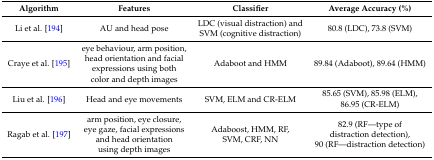
<table><thead><tr><td><b>Algorithm</b></td><td><b>Features</b></td><td><b>Classifier</b></td><td><b>Average Accuracy (%)</b></td></tr></thead><tbody><tr><td>Li et al. [194]</td><td>AU and head pose</td><td>LDC (visual distraction) and SVM (cognitive distraction)</td><td>80.8 (LDC), 73.8 (SVM)</td></tr><tr><td>Craye et al. [195]</td><td>eye behaviour, arm position, head orientation and facial expressions using both color and depth images</td><td>Adaboot and HMM</td><td>89.84 (Adaboot), 89.64 (HMM)</td></tr><tr><td>Liu et al. [196]</td><td>Head and eye movements</td><td>SVM, ELM and CR-ELM</td><td>85.65 (SVM), 85.98 (ELM), 86.95 (CR-ELM)</td></tr><tr><td>Ragab et al. [197]</td><td>arm position, eye closure, eye gaze, facial expressions and head orientation using depth images</td><td>Adaboost, HMM, RF, SVM, CRF, NN</td><td>82.9 (RF—type of distraction detection), 90 (RF—distraction detection)</td></tr></tbody></table>